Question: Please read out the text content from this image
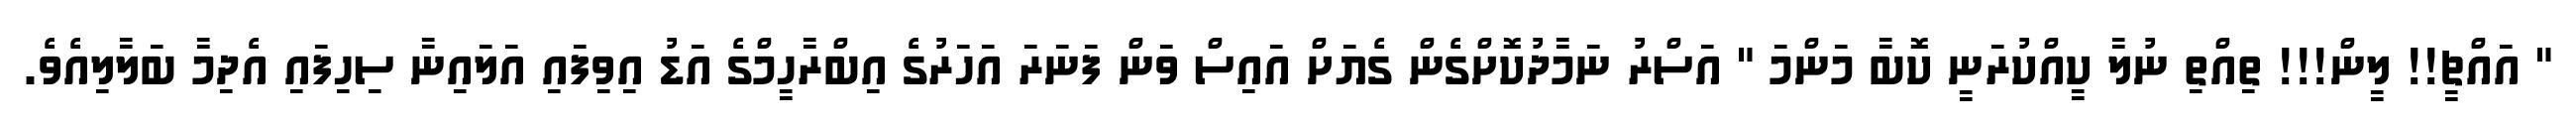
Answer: " އައްޗީ!! ލީން!!! ތިއްތި ނުލާ ކީއްކުރަނީ ކޮބާ މަންމަ " އަސްރު ނަމާދުކޮށްގެން ގެޔަށް އައިސް ވަން ފަނަރަ އަހަރުގެ އިބްރާހީމްގެ އަޑު އިވިފައި އަލައިނާ ސިހިފައި އެދިމާ ބަލާލިއެވެ.